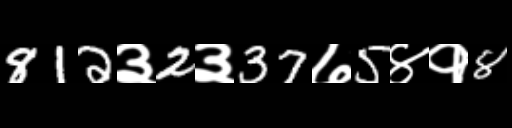
Text: 812३2३37७5४१8